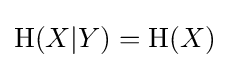
\mathrm {H} (X|Y)=\mathrm {H} (X)